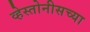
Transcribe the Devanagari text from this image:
व्हेस्तोनीसच्या